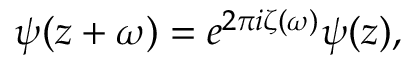
\psi ( z + \omega ) = e ^ { 2 \pi i \zeta ( \omega ) } \psi ( z ) ,